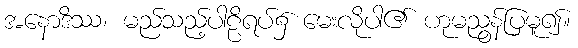
အနောဒိဿ၊ မည်သည့်ပါဠိရပ်၌ မေးလိုပါ၏ ဟုမညွန်ပြမူ၍။